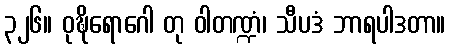
၃၂၆။ ဝုဍ္ဎိရောဂေါ တု ဝါတဏ္ဍံ၊ သီပဒံ ဘာရပါဒတာ။